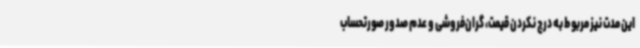
این مدت نیز مربوط به درج نکردن قیمت، گران‌فروشی و عدم صدور صورتحساب